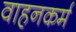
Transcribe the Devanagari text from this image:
वाहनकर्म